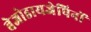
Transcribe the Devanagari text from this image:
बेजोडायजेपिनों